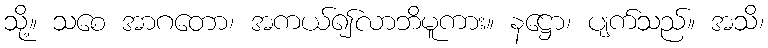
သို့။ သစေ အာဂတော၊ အကယ်၍လာဘိမူကား။ နဋ္ဌော၊ ပျက်သည်။ အသိ၊